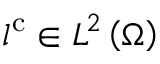
l ^ { \mathrm { { c } } } \in { L } ^ { 2 } \left( \Omega \right)